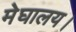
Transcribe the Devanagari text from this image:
मेघालय।